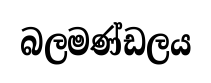
බලමණ්ඩලය